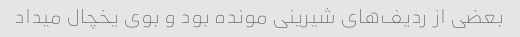
بعضی از ردیف‌های شیرینی مونده بود و بوی یخچال میداد